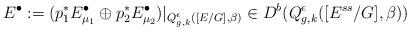
LaTeX: \begin{align*}E^{\bullet}:=(p_1^*E^{\bullet}_{\mu_1}\oplus p_2^*E^{\bullet}_{\mu_2})\vert_{Q^{\epsilon}_{g,k}([E/G],\beta)}\in D^b(Q^{\epsilon}_{g,k}([E^{ss}/G],\beta))\end{align*}